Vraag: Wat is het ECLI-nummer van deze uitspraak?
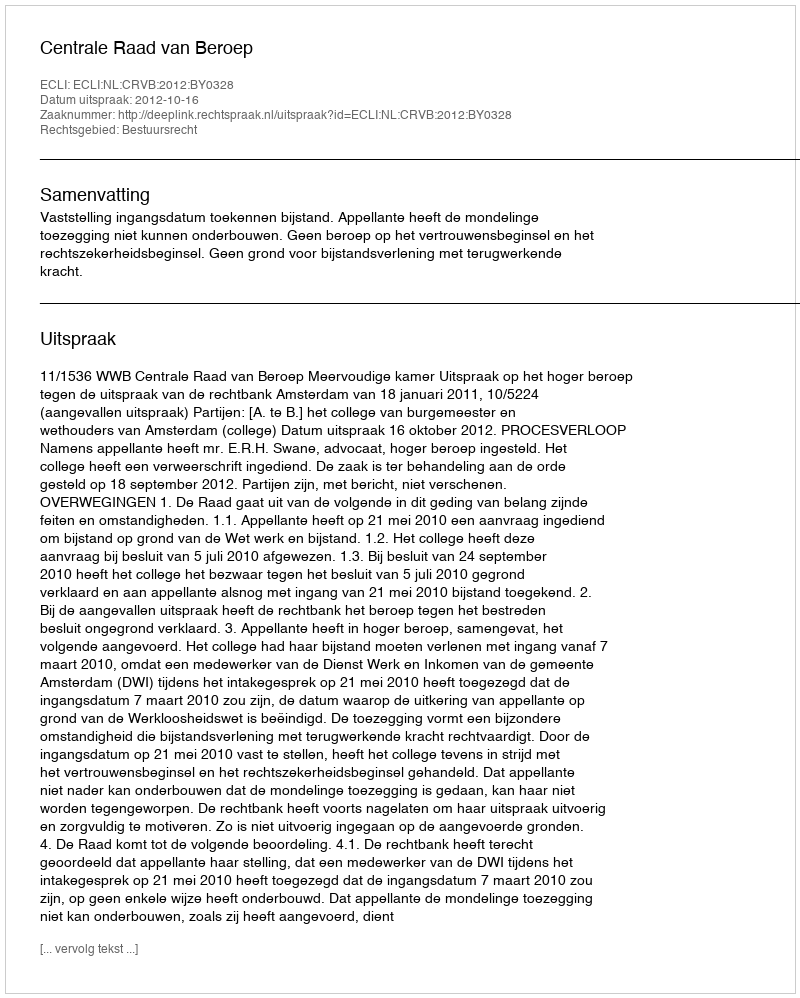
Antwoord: ECLI:NL:CRVB:2012:BY0328